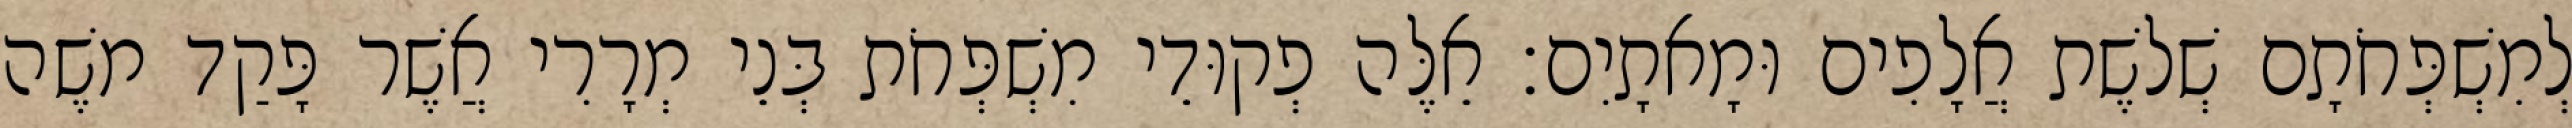
לְמִשְׁפְּחֹתָם שְׁלשֶׁת אֲלָפִים וּמָאתָיִם׃ אֵלֶּה פְקוּדֵי מִשְׁפְּחֹת בְּנֵי מְרָרִי אֲשֶׁר פָּקַד משֶׁה